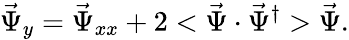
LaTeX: \vec{\Psi}_{y}=\vec{\Psi}_{xx}+2<\vec{\Psi}\cdot\vec{\Psi}^{\dagger}>\vec{\Psi}.